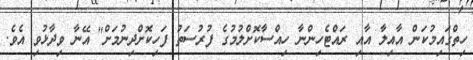
ހިތްގައިމުކަން އާއިލާ އާއި ރައްޓެހިންނާ ހިއްސާކޮށްލުމުގެ ފުރުސަތު ފަހިކޮށްދިނުމަށް" އޭނާ ވިދާޅުވި އެވެ.